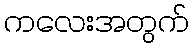
ကလေးအတွက်